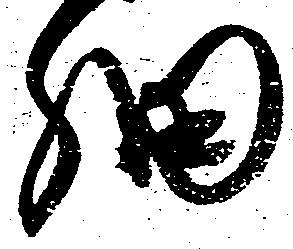
細